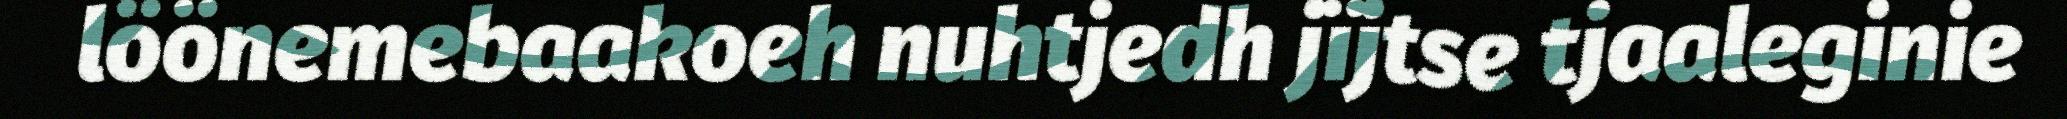
löönemebaakoeh nuhtjedh jïjtse tjaaleginie